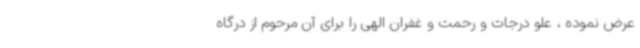
عرض نموده ، علو درجات و رحمت و غفران الهی را برای آن مرحوم از درگاه